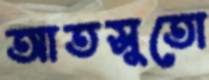
আতসুতো